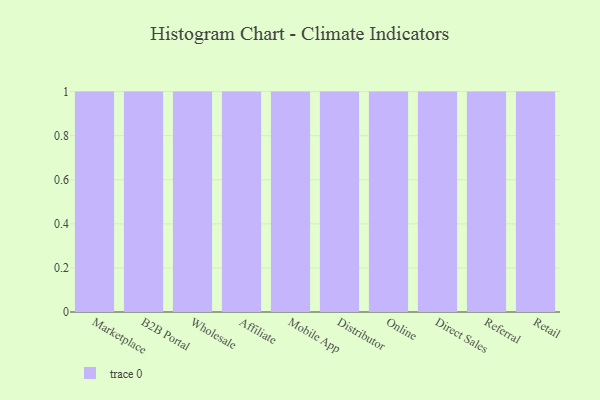
{"axis": {"x": "Channel", "y": "Operating Costs (USD K)"}, "legend": [""], "data": [{"x": "Marketplace", "y": 66, "type": ""}, {"x": "B2B Portal", "y": 10, "type": ""}, {"x": "Wholesale", "y": 99, "type": ""}, {"x": "Affiliate", "y": 76, "type": ""}, {"x": "Mobile App", "y": 7, "type": ""}, {"x": "Distributor", "y": 89, "type": ""}, {"x": "Online", "y": 5, "type": ""}, {"x": "Direct Sales", "y": 8, "type": ""}, {"x": "Referral", "y": 89, "type": ""}, {"x": "Retail", "y": 26, "type": ""}]}